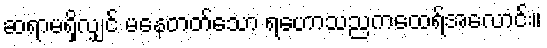
ဆရာမရှိလျှင် မနေတတ်သော ရဟောသညကထေရ်အလောင်း။